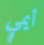
أيمي